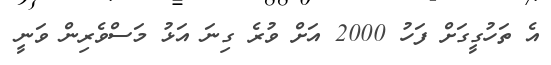
އެ ތަހުގީގަށް ފަހު 2000 އަށް ވުރެ ގިނަ އަޅު މަސްވެރިން ވަނީ